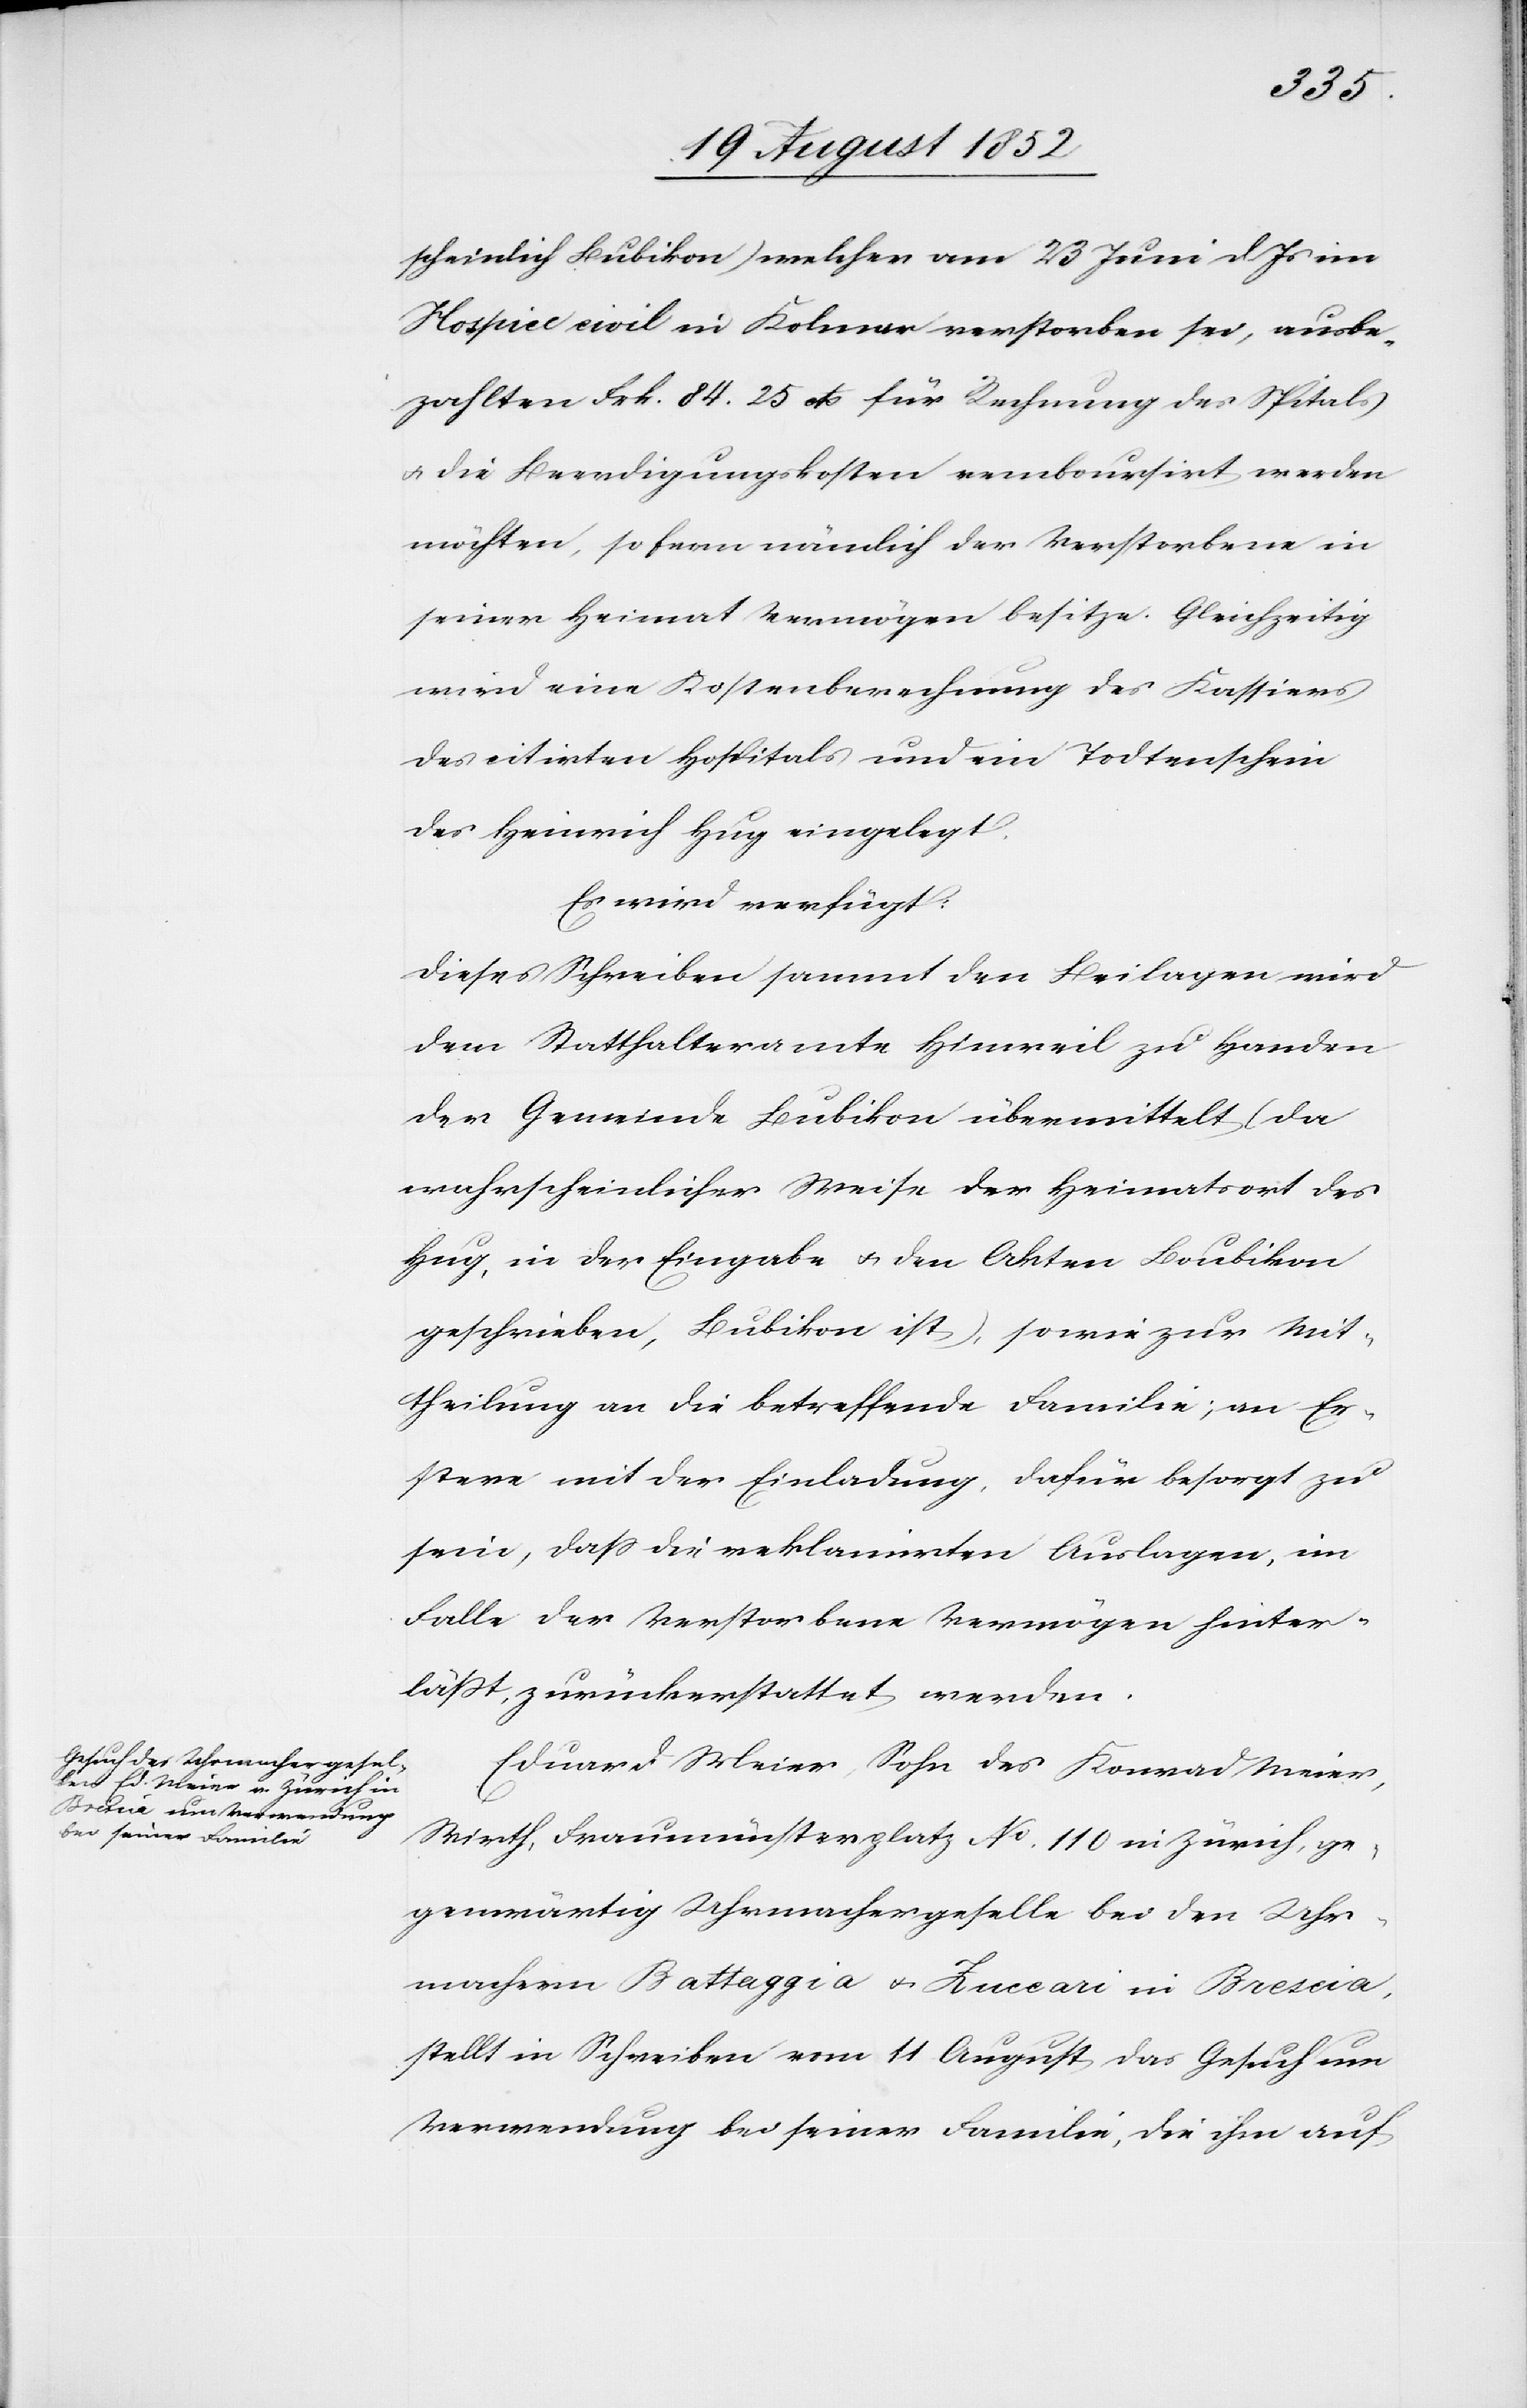
scheinlich Bubikon) welcher am 23 Juni d. Js im
Hospiec civil in Kolmar verstorben sei, ausbe¬
zahlten Frk. 84. 25 cts für Rechnung des Spitals
& die Beerdigungskosten remboursirt werden
möchten, so fern nämlich der Verstorbene in
seiner Heimat Vermögen besitze. Gleichzeitig
wird eine Kostenberechnung des Kassiers
des citirten Hospitals und ein Todtenschein
des Heinrich Hug eingelegt.
Es wird verfügt:
Dieses Schreiben sammt den Beilagen wird
dem Statthalteramte Hinweil zu Handen
der Gemeinde Bubikon übermittelt (da
wahrscheinlicher Weise der Heimatsort des
Hug, in der Eingabe & den Akten Boubikon
geschrieben, Bubikon ist), sowie zur Mit¬
theilung an die betreffende Familie; an Er¬
stere mit der Einladung, dafür besorgt zu
sein, dass die reklamirten Auslagen, im
Falle der Verstorbene Vermögen hinter¬
läßt, zurückerstattet werden.
Eduard Meier, Sohn des Konrad Meier,
Wirth, Fraumünsterplatz No. 110 in Zürich, ge¬
genwärtig Uhrmachergeselle bei den Uhr¬
machern Battaggia & Zuccari in Brescia,
stellt in Schreiben vom 11 August das Gesuch um
Verwendung bei seiner Familie, die ihm auf